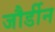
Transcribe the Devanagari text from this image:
जौर्डीन